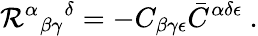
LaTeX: \mathcal{R}^{\alpha}{}_{\beta\gamma}{}^{\delta}=-C_{\beta\gamma\epsilon}\bar{{C}}^{\alpha\delta\epsilon}\ .